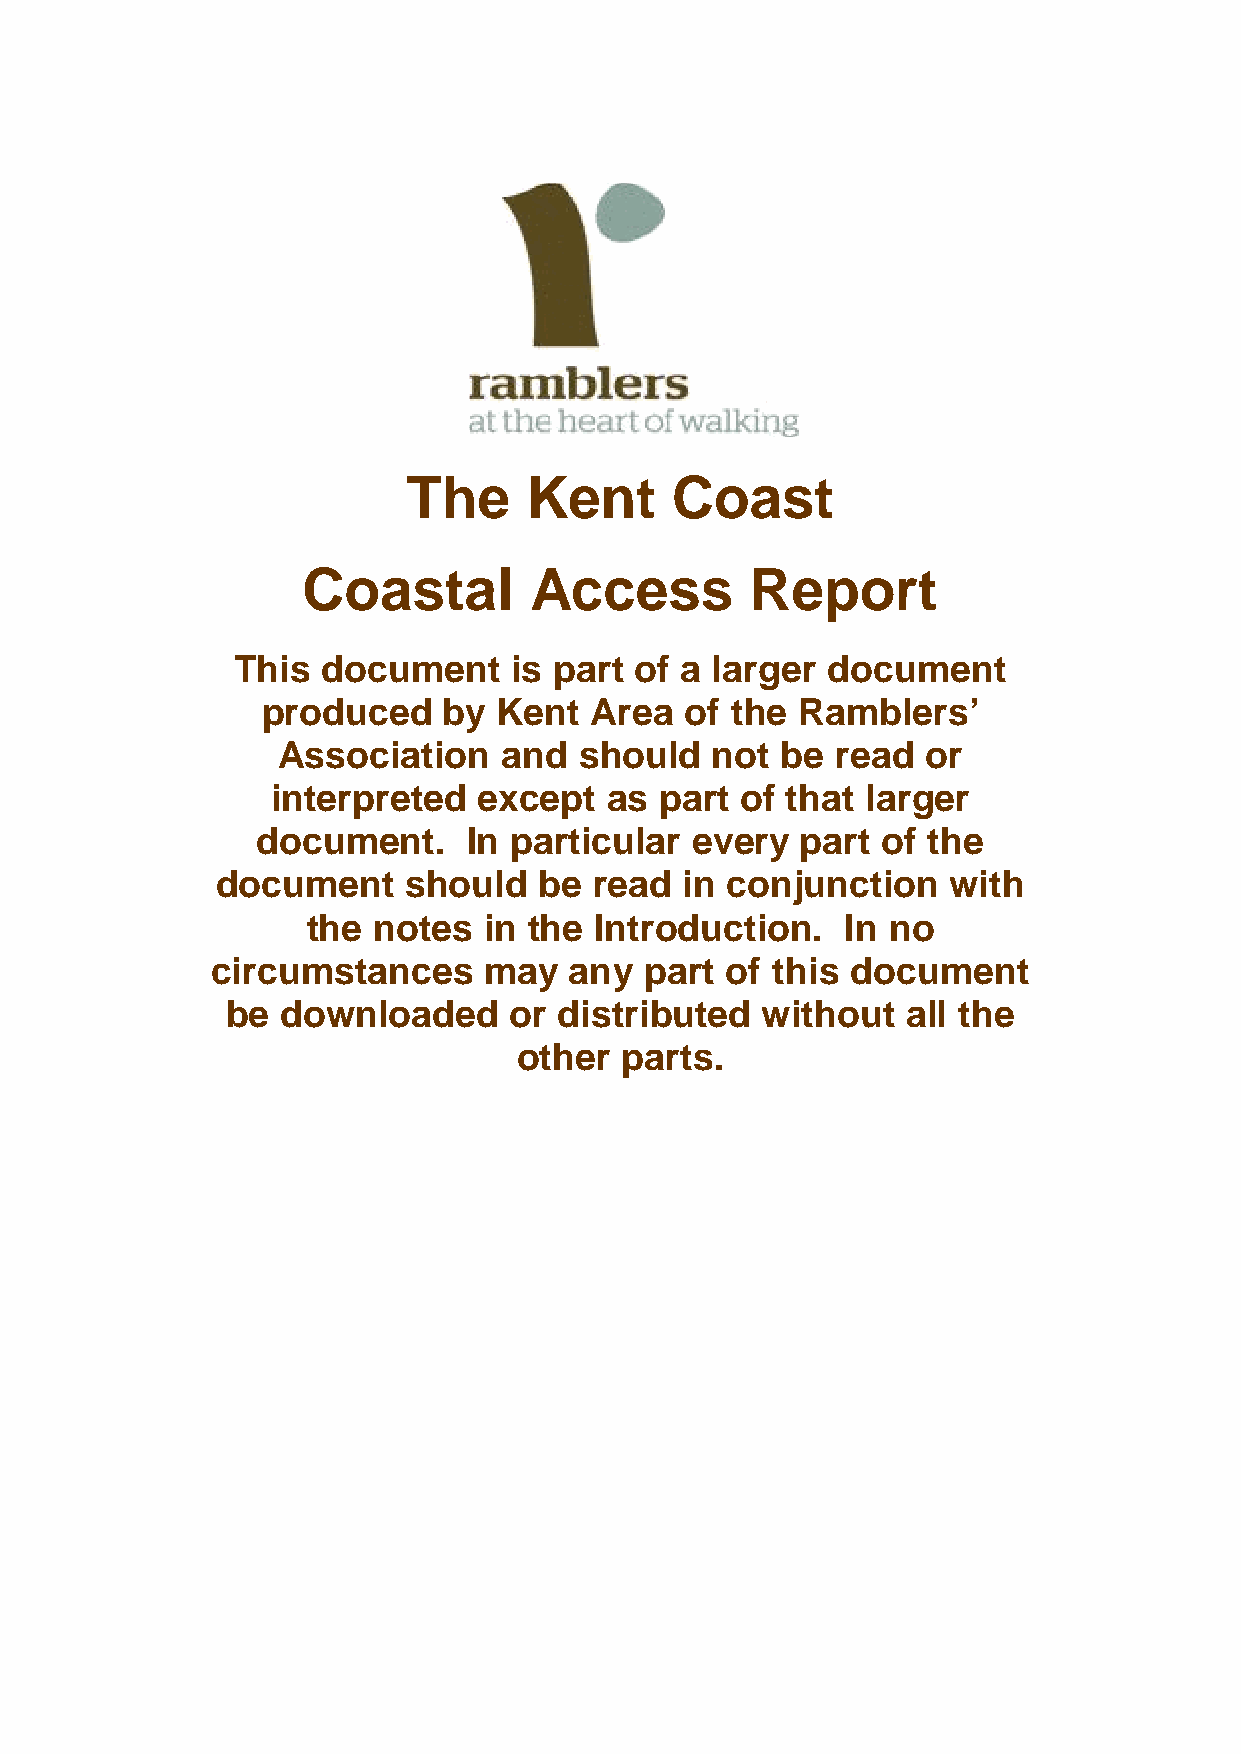
The     Kent     Coast
 Coastal        Access         Report
 This  document     is part of a larger  document
 produced    by  Kent  Area  of the  Ramblers’
 Association    and  should   not  be read  or
 interpreted   except  as  part of that larger
 document.     In particular  every  part of the
 document     should   be read  in conjunction    with
 the  notes  in the Introduction.    In no
 circumstances     may   any  part of this document
 be  downloaded     or distributed  without   all the
 other  parts.